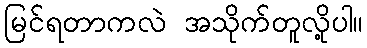
မြင်ရတာကလဲ အသိုက်တူလို့ပါ။